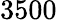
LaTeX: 3500